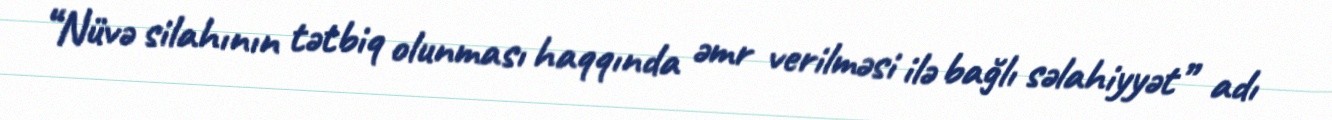
“Nüvə silahının tətbiq olunması haqqında əmr verilməsi ilə bağlı səlahiyyət” adı